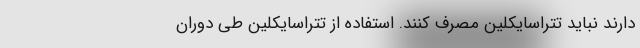
دارند نباید تتراسایکلین مصرف کنند. استفاده از تتراسایکلین طی دوران